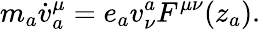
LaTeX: m_{a}{\dot{v}}_{a}^{\mu}=e_{a}{v}_{\nu}^{a}F^{\mu\nu}(z_{a}).